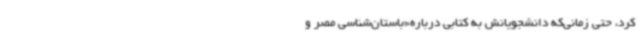
کرد، حتی زمانی‌که دانشجویانش به کتابی درباره‌«باستان‌شناسی مصر و